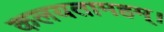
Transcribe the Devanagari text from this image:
कलयतामहम्।